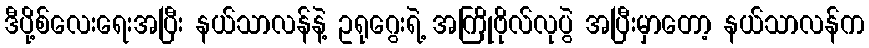
ဒီပို့စ်လေးရေးအပြီး နယ်သာလန်နဲ့ ဥရုဂွေးရဲ့ အကြိုဗိုလ်လုပွဲ အပြီးမှာတော့ နယ်သာလန်က